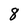
Character: 8